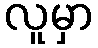
လူမှာ